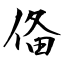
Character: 俻